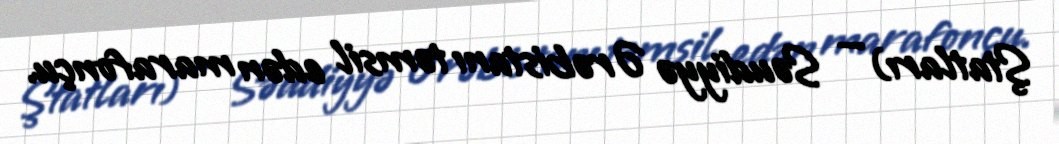
Ştatları) — Səudiyyə Ərəbistanı təmsil edən marafonçu.